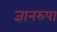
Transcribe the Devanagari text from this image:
ज्ञानरुपा